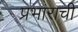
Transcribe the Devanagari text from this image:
प्रभाराची